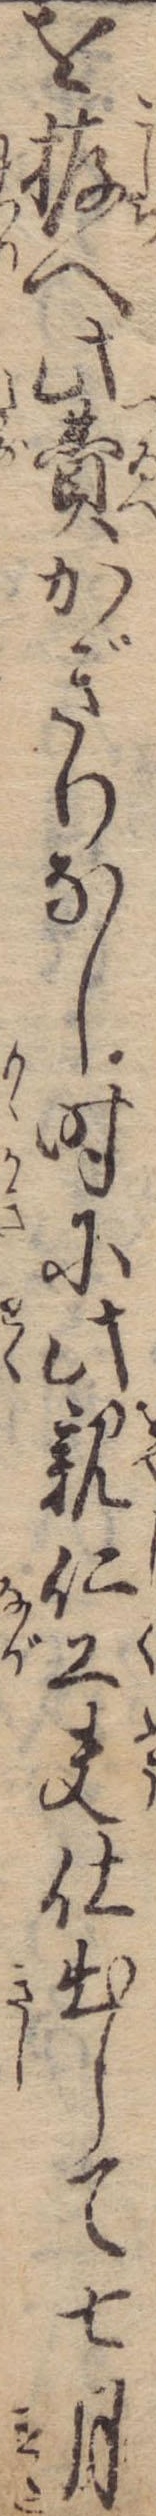
を拵へ此費かぎりなし時に此親仁工夫仕出して七月